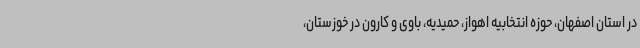
در استان اصفهان، حوزه انتخابیه اهواز، حمیدیه، باوی و کارون در خوزستان،